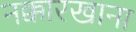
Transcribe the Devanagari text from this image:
नक्कारखाना